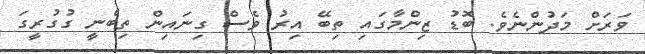
ވަރަށް މަދުންނެވެ. ބޮޑު ޒިންމާގައި ތިބޭ އިރު ވެސް ގިނައިން ތިބެނީ ގުގުރީގަ